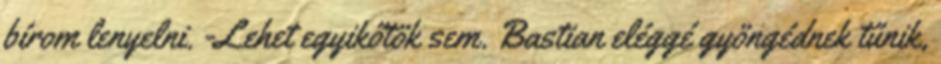
bírom lenyelni. -Lehet egyikőtök sem. Bastian eléggé gyöngédnek tűnik,